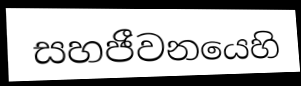
සහජීවනයෙහි